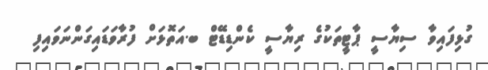
ގުޅިފައިވާ ސިޔާސީ ޕާޓީތަކުގެ ރިޔާސީ ކެންޑިޑޭޓް ބ.އަތޮޅަށް ފުރާވަޑައިގަންނަވައިފި